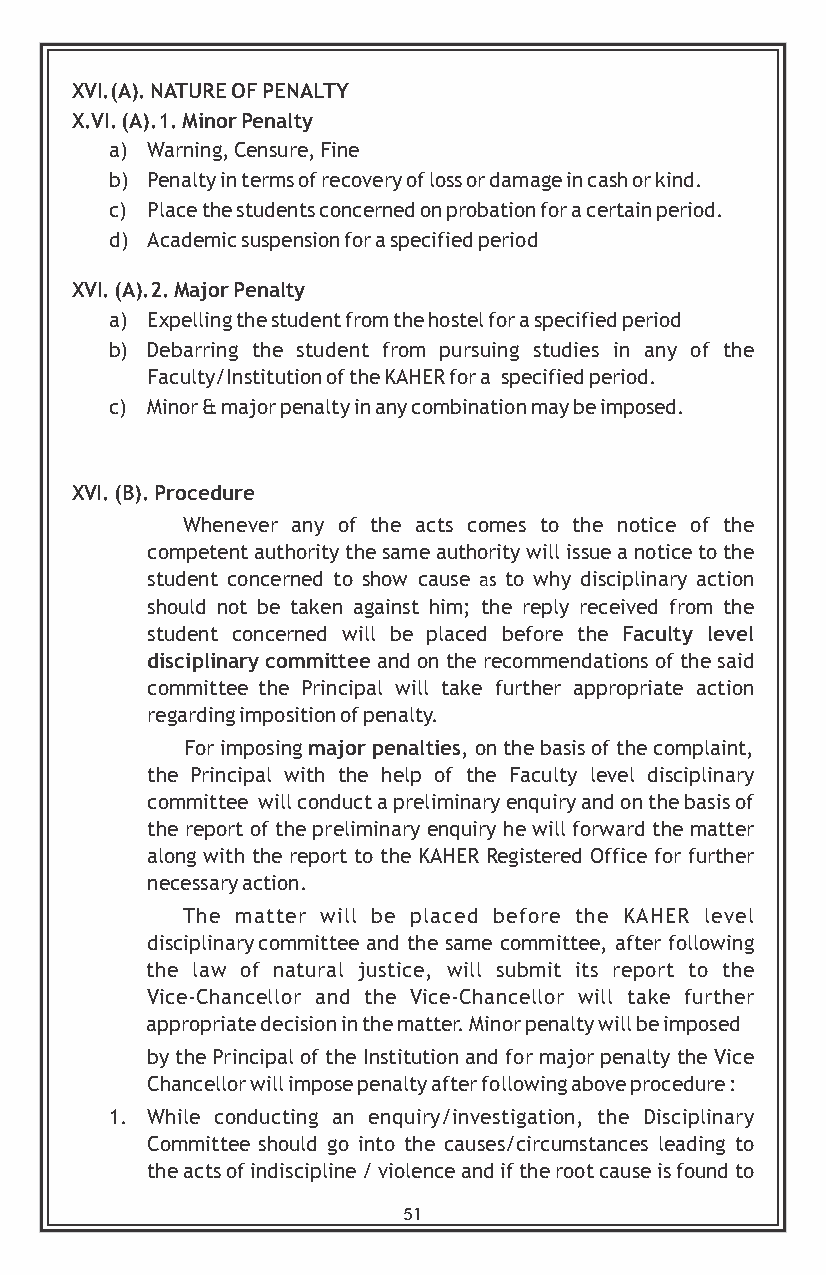
XVI.(A). NATURE OF PENALTY
 X.VI. (A).1. Minor Penalty
 a) Warning, Censure, Fine
 b) Penalty in terms of recovery of loss or damage in cash or kind.
 c) Place the students concerned on probation for a certain period.
 d) Academic suspension for a specified period
 XVI. (A).2. Major Penalty
 a) Expelling the student from the hostel for a specified period
 b) Debarring the student from pursuing studies in any of the
 Faculty/Institution of the KAHER for a specified period.
 c) Minor & major penalty in any combination may be imposed.
 XVI. (B). Procedure
 Whenever any of the acts comes to the notice of the
 competent authority the same authority will issue a notice to the
 student concerned to show cause as to why disciplinary action
 should not be taken against him; the reply received from the
 student concerned will be placed before the Faculty level
 disciplinary committee and on the recommendations of the said
 committee the Principal will take further appropriate action
 regarding imposition of penalty.
 For imposing major penalties, on the basis of the complaint,
 the Principal with the help of the Faculty level disciplinary
 committee will conduct a preliminary enquiry and on the basis of
 the report of the preliminary enquiry he will forward the matter
 along with the report to the KAHER Registered Office for further
 necessary action.
 The matter will be placed before the KAHER level
 disciplinary committee and the same committee, after following
 the law of natural justice, will submit its report to the
 Vice-Chancellor and the Vice-Chancellor will take further
 appropriate decision in the matter. Minor penalty will be imposed
 by the Principal of the Institution and for major penalty the Vice
 Chancellor will impose penalty after following above procedure :
 1. While conducting an enquiry/investigation, the Disciplinary
 Committee should go into the causes/circumstances leading to
 the acts of indiscipline / violence and if the root cause is found to
 51